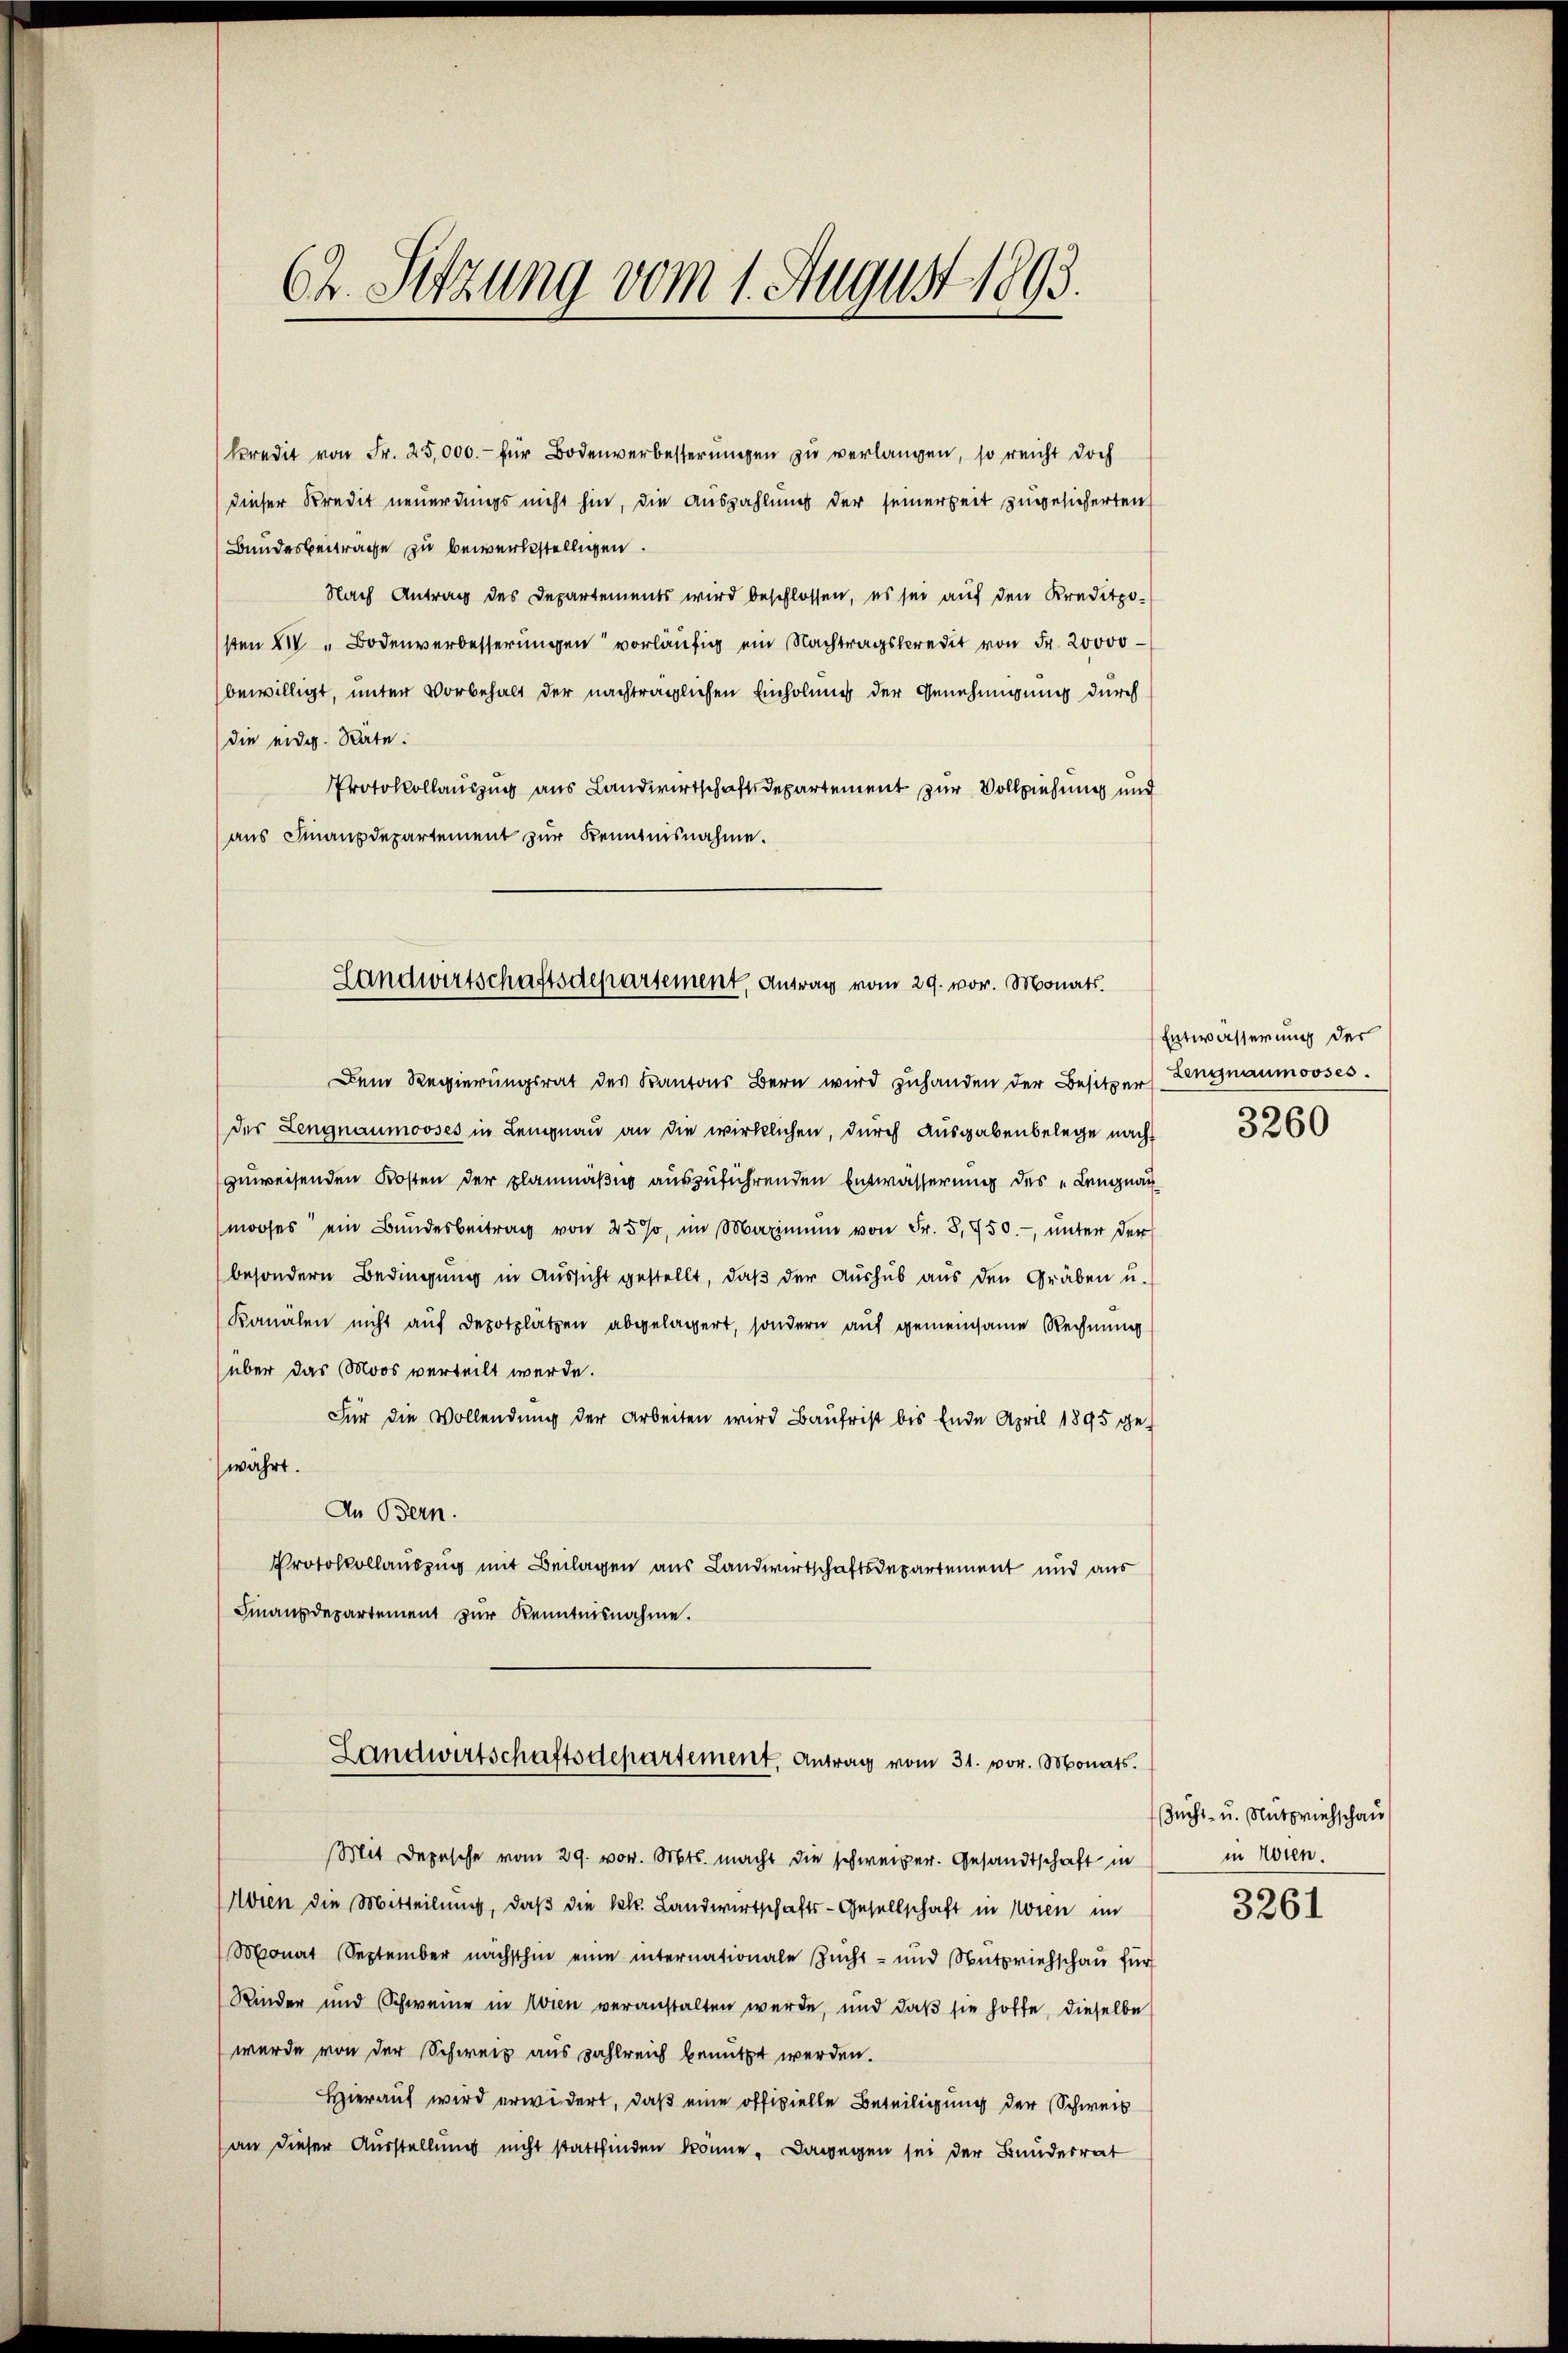
kredit von Fr. 25,000.- für Bodenverbesserungen zu verlangen, so reicht doch
dieser Kredit neuerdings nicht hin, die Auszahlung der seiner Zeit zugesicherten
Bundesbeitrage zu bewerkstelligen.
Nach Antrag des Departements wird beschlossen, es sei auf den Kreditpo-
sten XIV " Bodenverbesserungen vorläufig ein Nachtragskredit von Fr. 20000
bewilligt, unter Vorbehalt der nachträglichen Einholung der Genehmigung durch
die eidg. Rate.
Protokollauszug aus Landwirtschaftsdepartement zur Vollziehung und
aus Finanzdepartement zur Kenntnisnahme.

62. Sitzung vom 1. August 1893.

Landwirtschaftsdepartement, Antrag vom 29. vor. Monats.

Dem Regierungsrat des Kantons Bern wird zuhanden der Besitzer
der Lengnaumooses in Lengnau an die wirklichen, durch Ausgabenbelege nach
zuweisenden Kosten der planmäßig auszuführenden Entwässerung des „Lengnau
mooses ein Bŭndesbeitrag von 25%, im Maximum von Fr. 8,750.- ŭnter der
besondern Bedingung in Aussicht gestellt, daß der Aushub aus den Gräben u.
Kanalen nicht auf Depotplätzen abgelagert, sondern auf gemeinsame Rechnung
über das (Moos verteilt werde.
Für die Vollendung der Arbeiten wird Baufrist bis Ende April 1895 gewährt.
In Bern.
Protokollauszug mit Beilagen aus Landwirtschaftsdepartement und aus
Finanzdepartement zur Kenntnisnahme.
Landwirtschaftsdepartement. Antrag vom 31. vor. Monats.
Mit Depesche vom 29. vor. Mts. macht die schweizer. Gesandtschaft in
Horen die Mitteilung, daβ die kl. Landwirtschafts-Gesellschaft in Noren im
Monat September nächsthin eine internationale Zŭcht- und Nŭtpriehschaŭ für
Kinder und Schweine in Wien veranstalten werde, und daß sie hoffe, dieselbe
wurde von der Schweiz aus zahlreich benutzt werden.
Hierauf wird erwidert, daß eine officielle Beteiligung der Schweib
(an dieser Ausstellung nicht stattfinden könne. Dagegen sei der Bundesrat

Entwässerung des
Lengnaumooses.

3260

Zucht- u. Nutpriehschau
in Wien.

3261